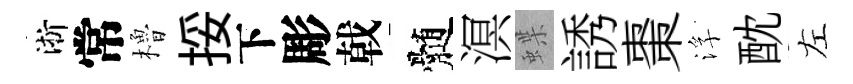
淅常櫓挼下彫戟髄溟蝶誘棗浮酖左